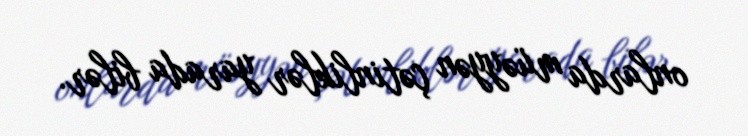
onlarda müəyyən çətinliklər yarada bilər.